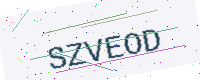
Text: SZVEOD